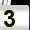
Digit: 3